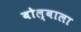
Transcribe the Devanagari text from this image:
बोल्बाला